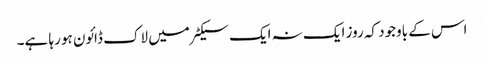
اس کے باوجود کہ روز ایک نہ ایک سیکٹر میں لاک ڈائون ہو رہا ہے۔